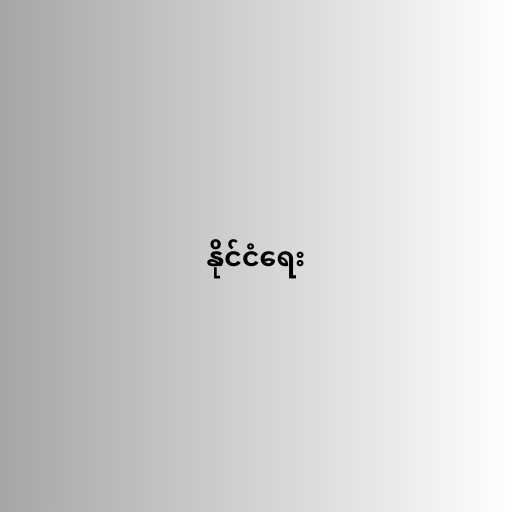
နိုင်ငံရေး